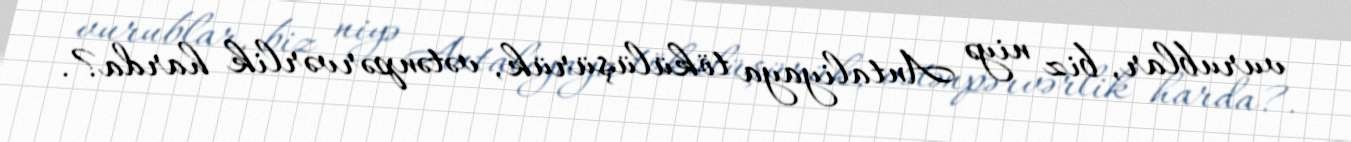
vurublar, biz niyə Antaliyaya tökülüşürük, vətənpərvərlik harda?.